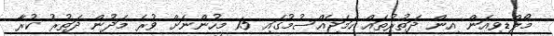
މޯލްޑިވިއަން އިން ދަތުރުތައް ހަމަޖެއްސުމުގައި 15 މީހުންނަށް ވުރެ މަދުން ދަތުރު ކުރާ